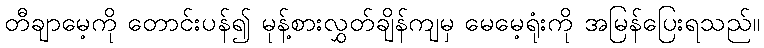
တီချာမေ့ကို တောင်းပန်၍ မုန့်စားလွှတ်ချိန်ကျမှ မေမေ့ရုံးကို အမြန်ပြေးရသည်။